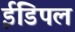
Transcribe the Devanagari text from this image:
ईडिपल